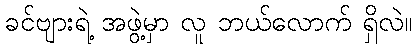
ခင်ဗျားရဲ့ အဖွဲ့မှာ လူ ဘယ်လောက် ရှိလဲ။